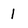
Character: 1